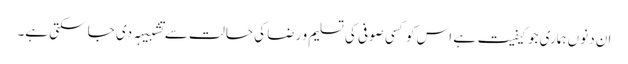
ان دنوں ہماری جو کیفیت ہے اس کو کسی صوفی کی تسلیم و رضا کی حالت سے تشبیہہ دی جا سکتی ہے۔